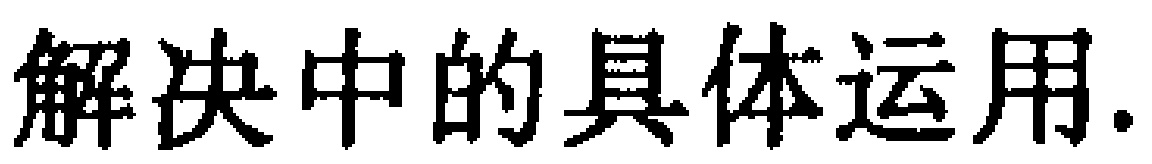
解决中的具体运用.